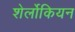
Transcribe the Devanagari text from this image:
शेर्लोकियन